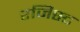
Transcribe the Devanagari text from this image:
रजिस्ट